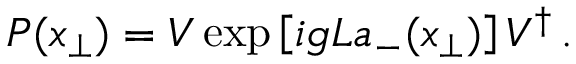
{ \cal P } ( { x } _ { \bot } ) = V \exp \left[ i g L a _ { - } ( x _ { \bot } ) \right] V ^ { \dagger } \, .